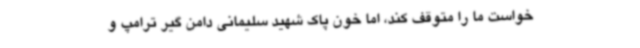
خواست ما را متوقف کند، اما خون پاک شهید سلیمانی دامن گیر ترامپ و